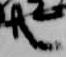
共